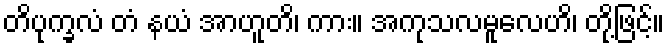
တိပုက္ခလံ တံ နယံ အာဟူတိ၊ ကား။ အကုသလမူလေဟိ၊ တို့ဖြင့်။